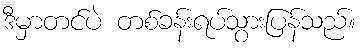
ဒီမှာတင်ပဲ တစ်ခန်းရပ်သွားပြန်သည်။